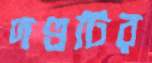
দণ্ডটির